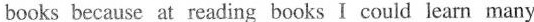
books because at reading books I could learn many